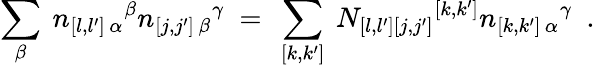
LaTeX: \sum_{\beta}\ n_{[l,l^{\prime}]\, \alpha}{}^{\beta}n_{[j,j^{\prime}]\, \beta}{}^{\gamma}\ =\ \sum_{[k,k^{\prime}]}\ N_{[l,l^{\prime}][j,j^{\prime}]}{}^{[k,k^{\prime}]}n_{[k,k^{\prime}]\, \alpha}{}^{\gamma}\ \ .